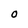
Character: O